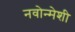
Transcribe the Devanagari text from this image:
नवोन्मेशी